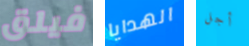
فيلق الهدايا أجل